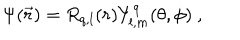
\Psi ( \vec { r } ) = R _ { q , l } ( r ) Y _ { l , m } ^ { q } ( \theta , \phi ) \ ,